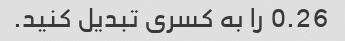
0.26 را به کسری تبدیل کنید.